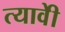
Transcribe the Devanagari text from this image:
त्यावेी